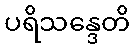
ပရိသန္ဒေတိ